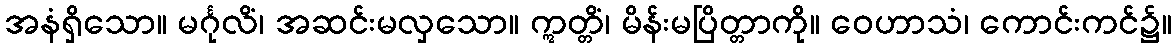
အနံရှိသော။ မင်္ဂုလိံ၊ အဆင်းမလှသော။ ဣတ္တိံ၊ မိန်းမပြိတ္တာကို။ ဝေဟာသံ၊ ကောင်းကင်၌။